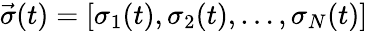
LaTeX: \vec{\sigma}(t)=[\sigma_{1}(t),\sigma_{2}(t),\ldots,\sigma_{N}(t)]